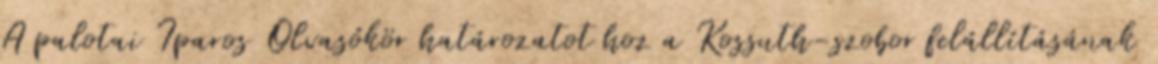
A palotai Iparos Olvasókör határozatot hoz a Kossuth-szobor felállításának